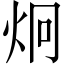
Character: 炯